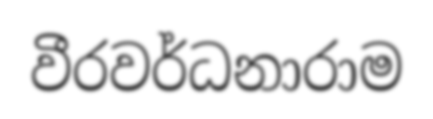
වීරවර්ධනාරාම